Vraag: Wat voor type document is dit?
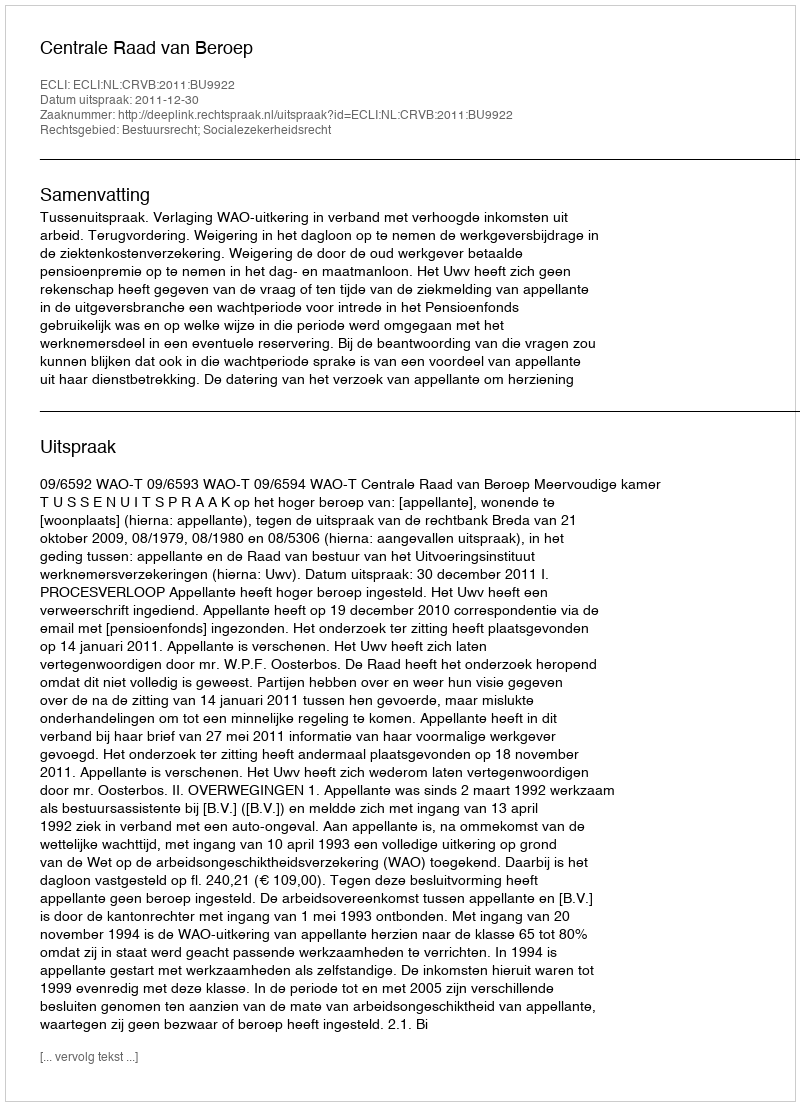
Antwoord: Uitspraak